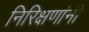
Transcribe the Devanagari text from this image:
निरिक्षणांनी